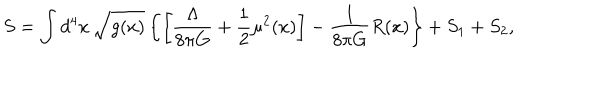
LaTeX: S = \int d ^ { 4 } x \, \sqrt { g ( x ) } \left\{ \left[ \frac { \Lambda } { 8 \pi G } + \frac { 1 } { 2 } \mu ^ { 2 } ( x ) \right] - \frac { 1 } { 8 \pi G } R ( x ) \right\} + S _ { 1 } + S _ { 2 } ,